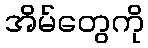
အိမ်တွေကို